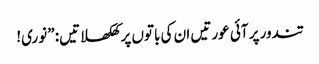
تندور پر آئی عورتیں ان کی باتوں پر کھلکھلاتیں: ”نوری!